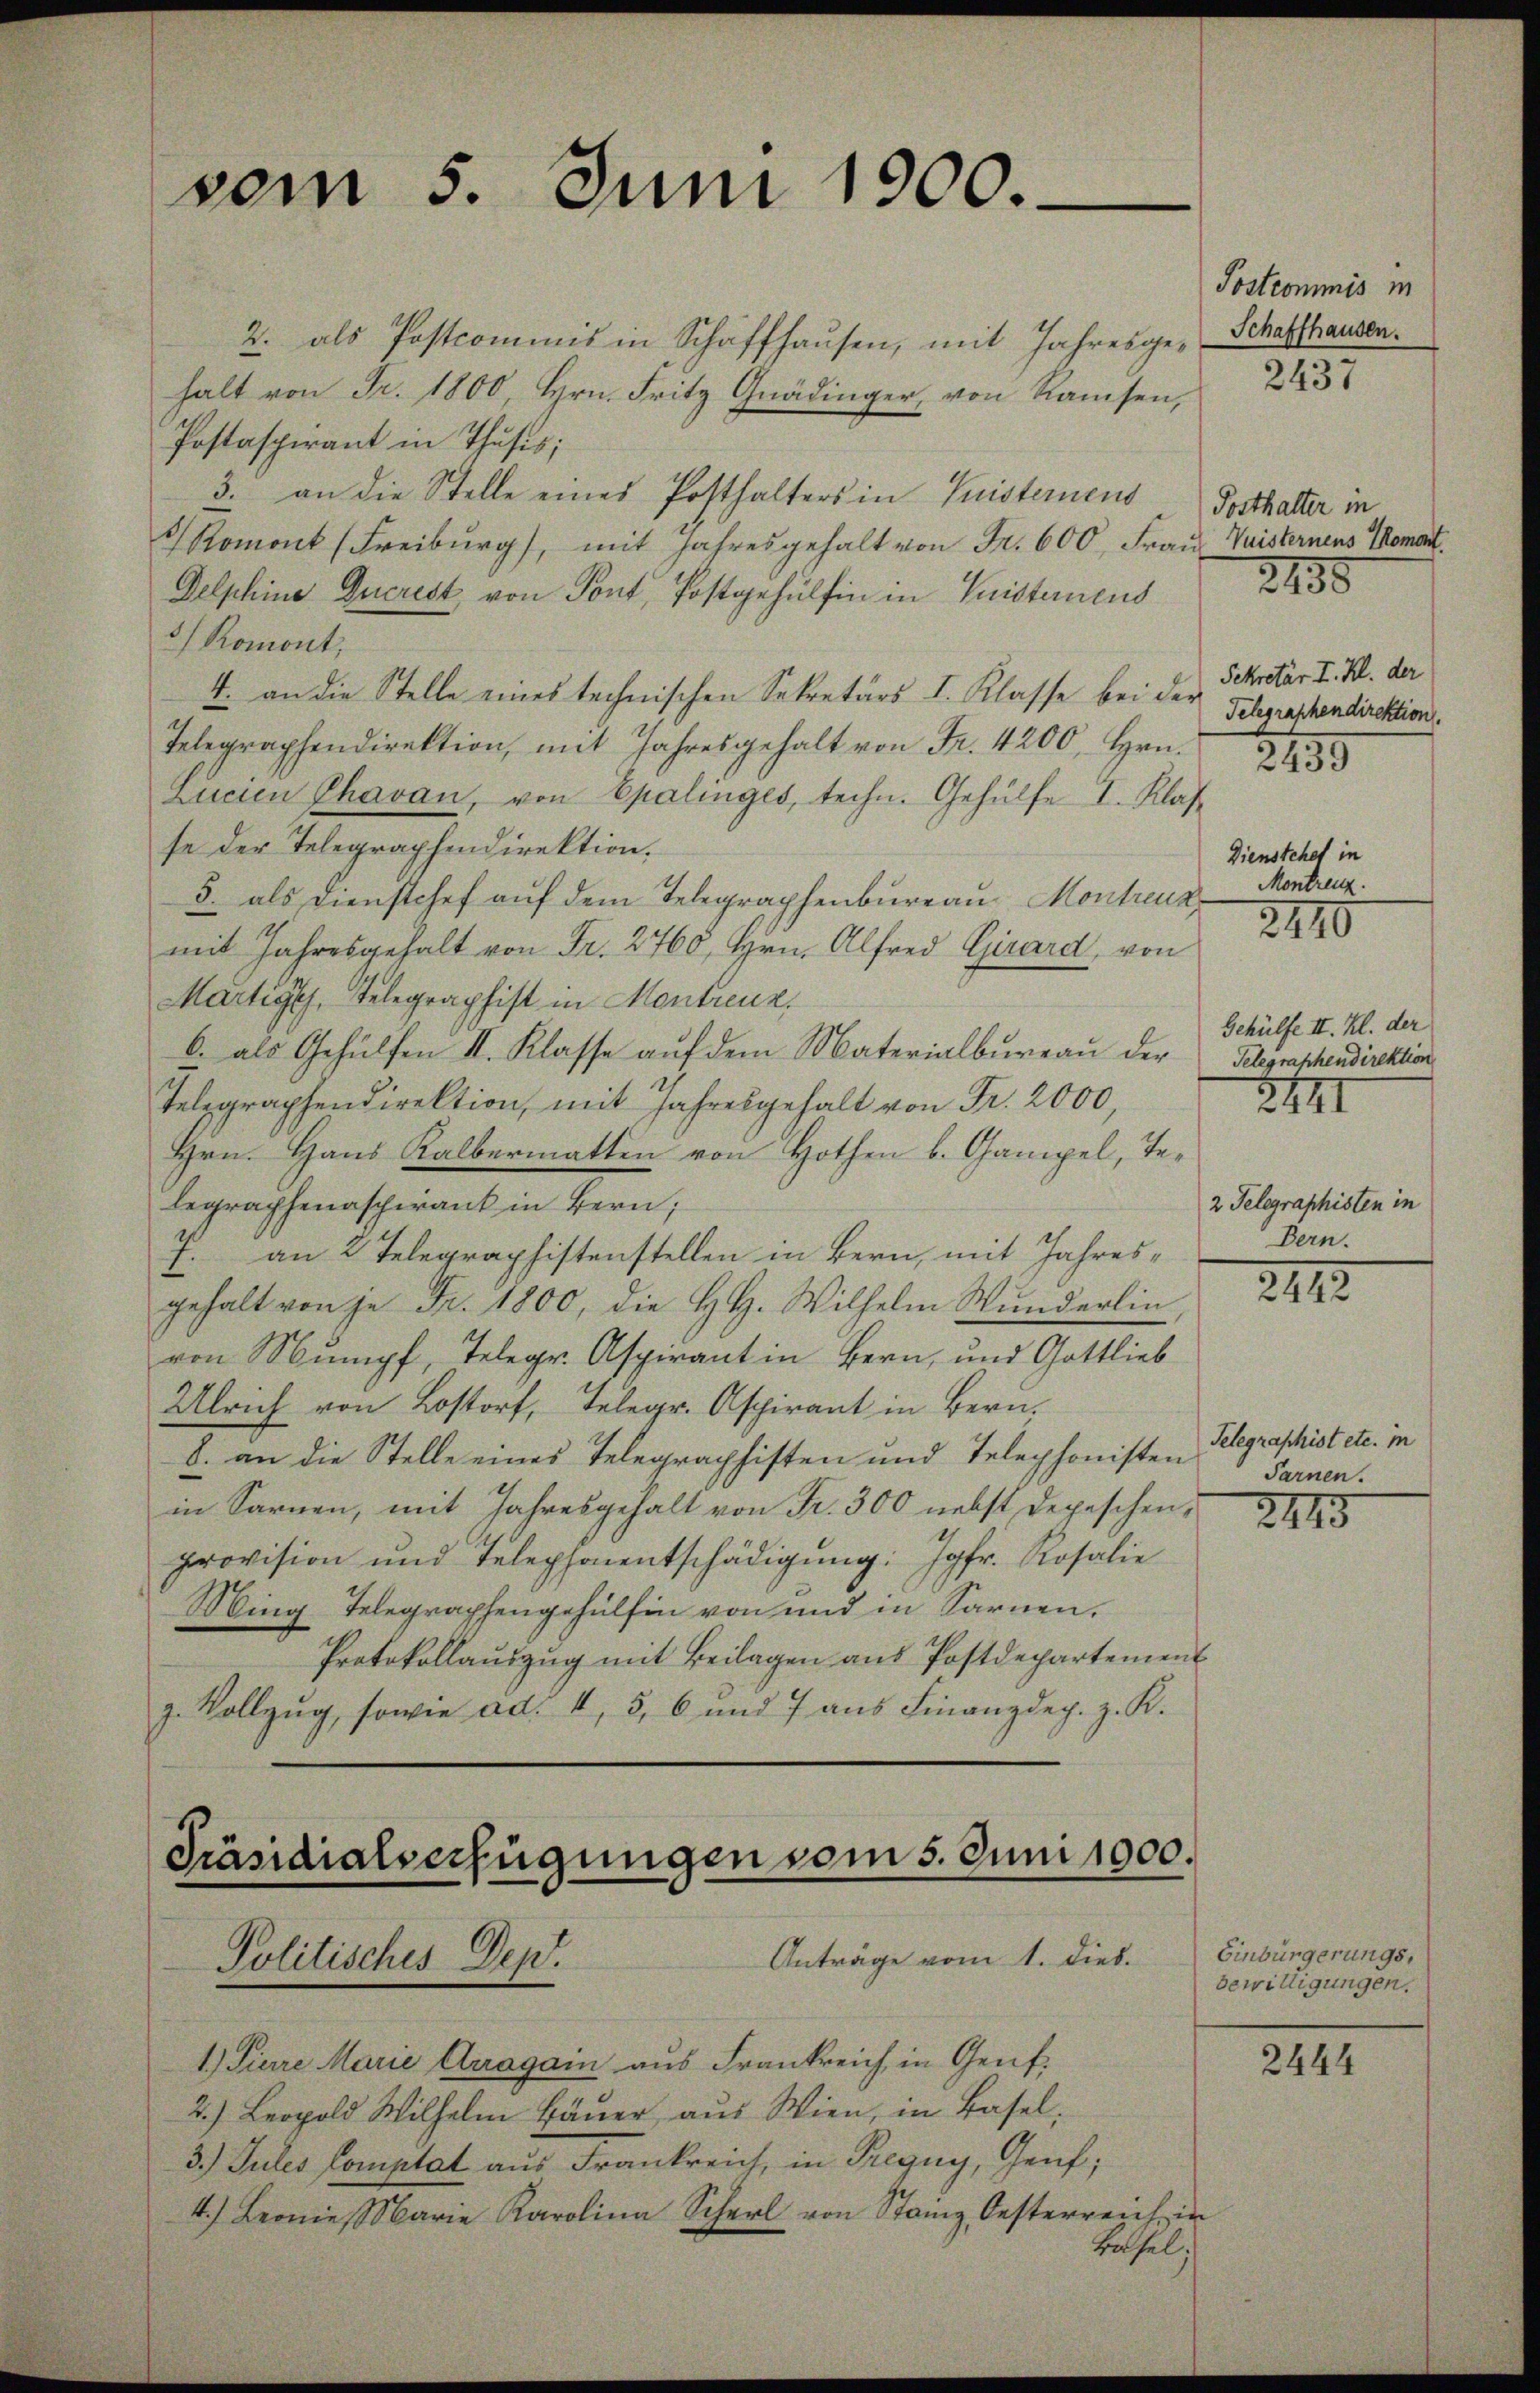
soin

5.

Juni 1900.

2. als Postcomins in Schaffhausen, mit Jahresge-Schaffhausen.
halt von Fr. 1800, Hrn. Fritz Gnädinger, von Ramsen,
Postaspirant in Thusis;
3. an die Stelle eines Posthalters in Quisternen Posthalter in
Romont (Freiburg, mit Jahresgehalt von Fr. 600. Frau Vaisternens Moment.
Delphine Querest von Pont, Postgehülfen in Geisterneus 255
) Romont,
4. an die Stelle eines technischen Sekretärs I. Klasse bei der Sekretär I. Kl. der
Telegraphendirektion, mit Jahresgehalt von Fr. 4200, Hrn.
Lucien Chavan, von Epalinges, techn. Gehülfe I. Klasse der Telegraphendirektion.
Dienstehet in
3. als Dienstchef auf dem Telegraphenbureau Montreuz
mit Jahresgehalt von Fr. 2760, Hrn. Alfred Girard, von
Martiges, Telegraphist in Montreuz,
Gehülfe II. Kl. der
6. als Gehülfen II. Klasse auf dem Materialbureau der Belegraphendirektion
Telegraphendirektion, mit Jahresgehalt von Fr. 2000,
2441
Hrn. Haus Kalbermatten von Hothen b. Gampel, Telegraphenaschirant in Bern;
2 Telegraphisten in
Bern.
J. an 2 Telegraphistenstellen in Bern, mit Jahres¬
2112.
gehalt von je Fr. 1800, die H.H. Wilhelm Wunderlin,
von Stumpf, Telegr. Aspirant in Bern, und Gottlieb
Ulrich von Lostorf, Telegr. Aspirant in Bern,
Telegraphist etc. in
8. an die Stelle eines Telegraphisten und Telephonisten Farnen.
in Sarnen, mit Jahresgehalt von Fr. 300 nebst depeschen III
provision und Telephonentschädigŭng: Jgfr. Rosalie
Ming-Telegraphengehülfen von und in Sarnen.
Protokollaŭszŭg mit Beilagen ans Postdepartement
z. Vollzŭg, sowie ad. 4, 5, 6 und 7 aŭs Finanzdep. z. K.

Präsidialverfügungen vom 5. Juni 1900.
Anträge vom 1. Dieb.
Politisches Dep

1.) Pierre Marie Arragain aus Frankreich in Genf.
2.) Leopold Wilhelm Bäuer aus Wien, in Basel.
3.) Jules Comptat aus Frankreich, in Preguy, Genf;
4.) Leonie Marie Karolina Scher von Stainz, Oesterreich in
Basel;

Postcommis in
2437

Telegraphendirektion.
2139

Montrenz.

2410

Einbürgerungs,
bewilligungen.

2444